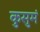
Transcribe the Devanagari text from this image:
कुसुमं